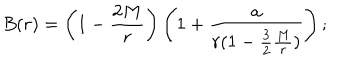
LaTeX: B ( r ) = \left( 1 - { \frac { 2 M } { r } } \right) \left( 1 + { \frac { a } { r ( 1 - { \frac { 3 } { 2 } } { \frac { M } { r } } ) } } \right) ;